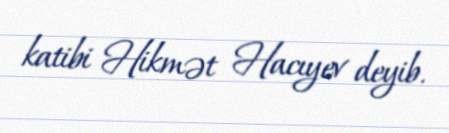
katibi Hikmət Hacıyev deyib.